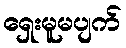
ရှေးမူမပျက်